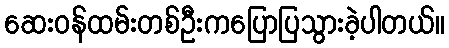
ဆေးဝန်ထမ်းတစ်ဦးကပြောပြသွားခဲ့ပါတယ်။